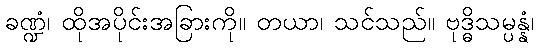
ခဏ္ဍံ၊ ထိုအပိုင်းအခြားကို။ တယာ၊ သင်သည်။ ဗုဒ္ဓိသမ္ပန္နံ၊